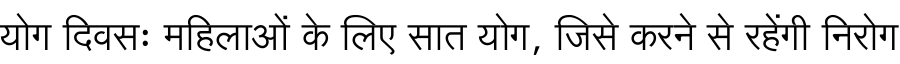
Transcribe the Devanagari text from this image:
योग दिवसः महिलाओं के लिए सात योग, जिसे करने से रहेंगी निरोग